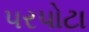
પરપોટા